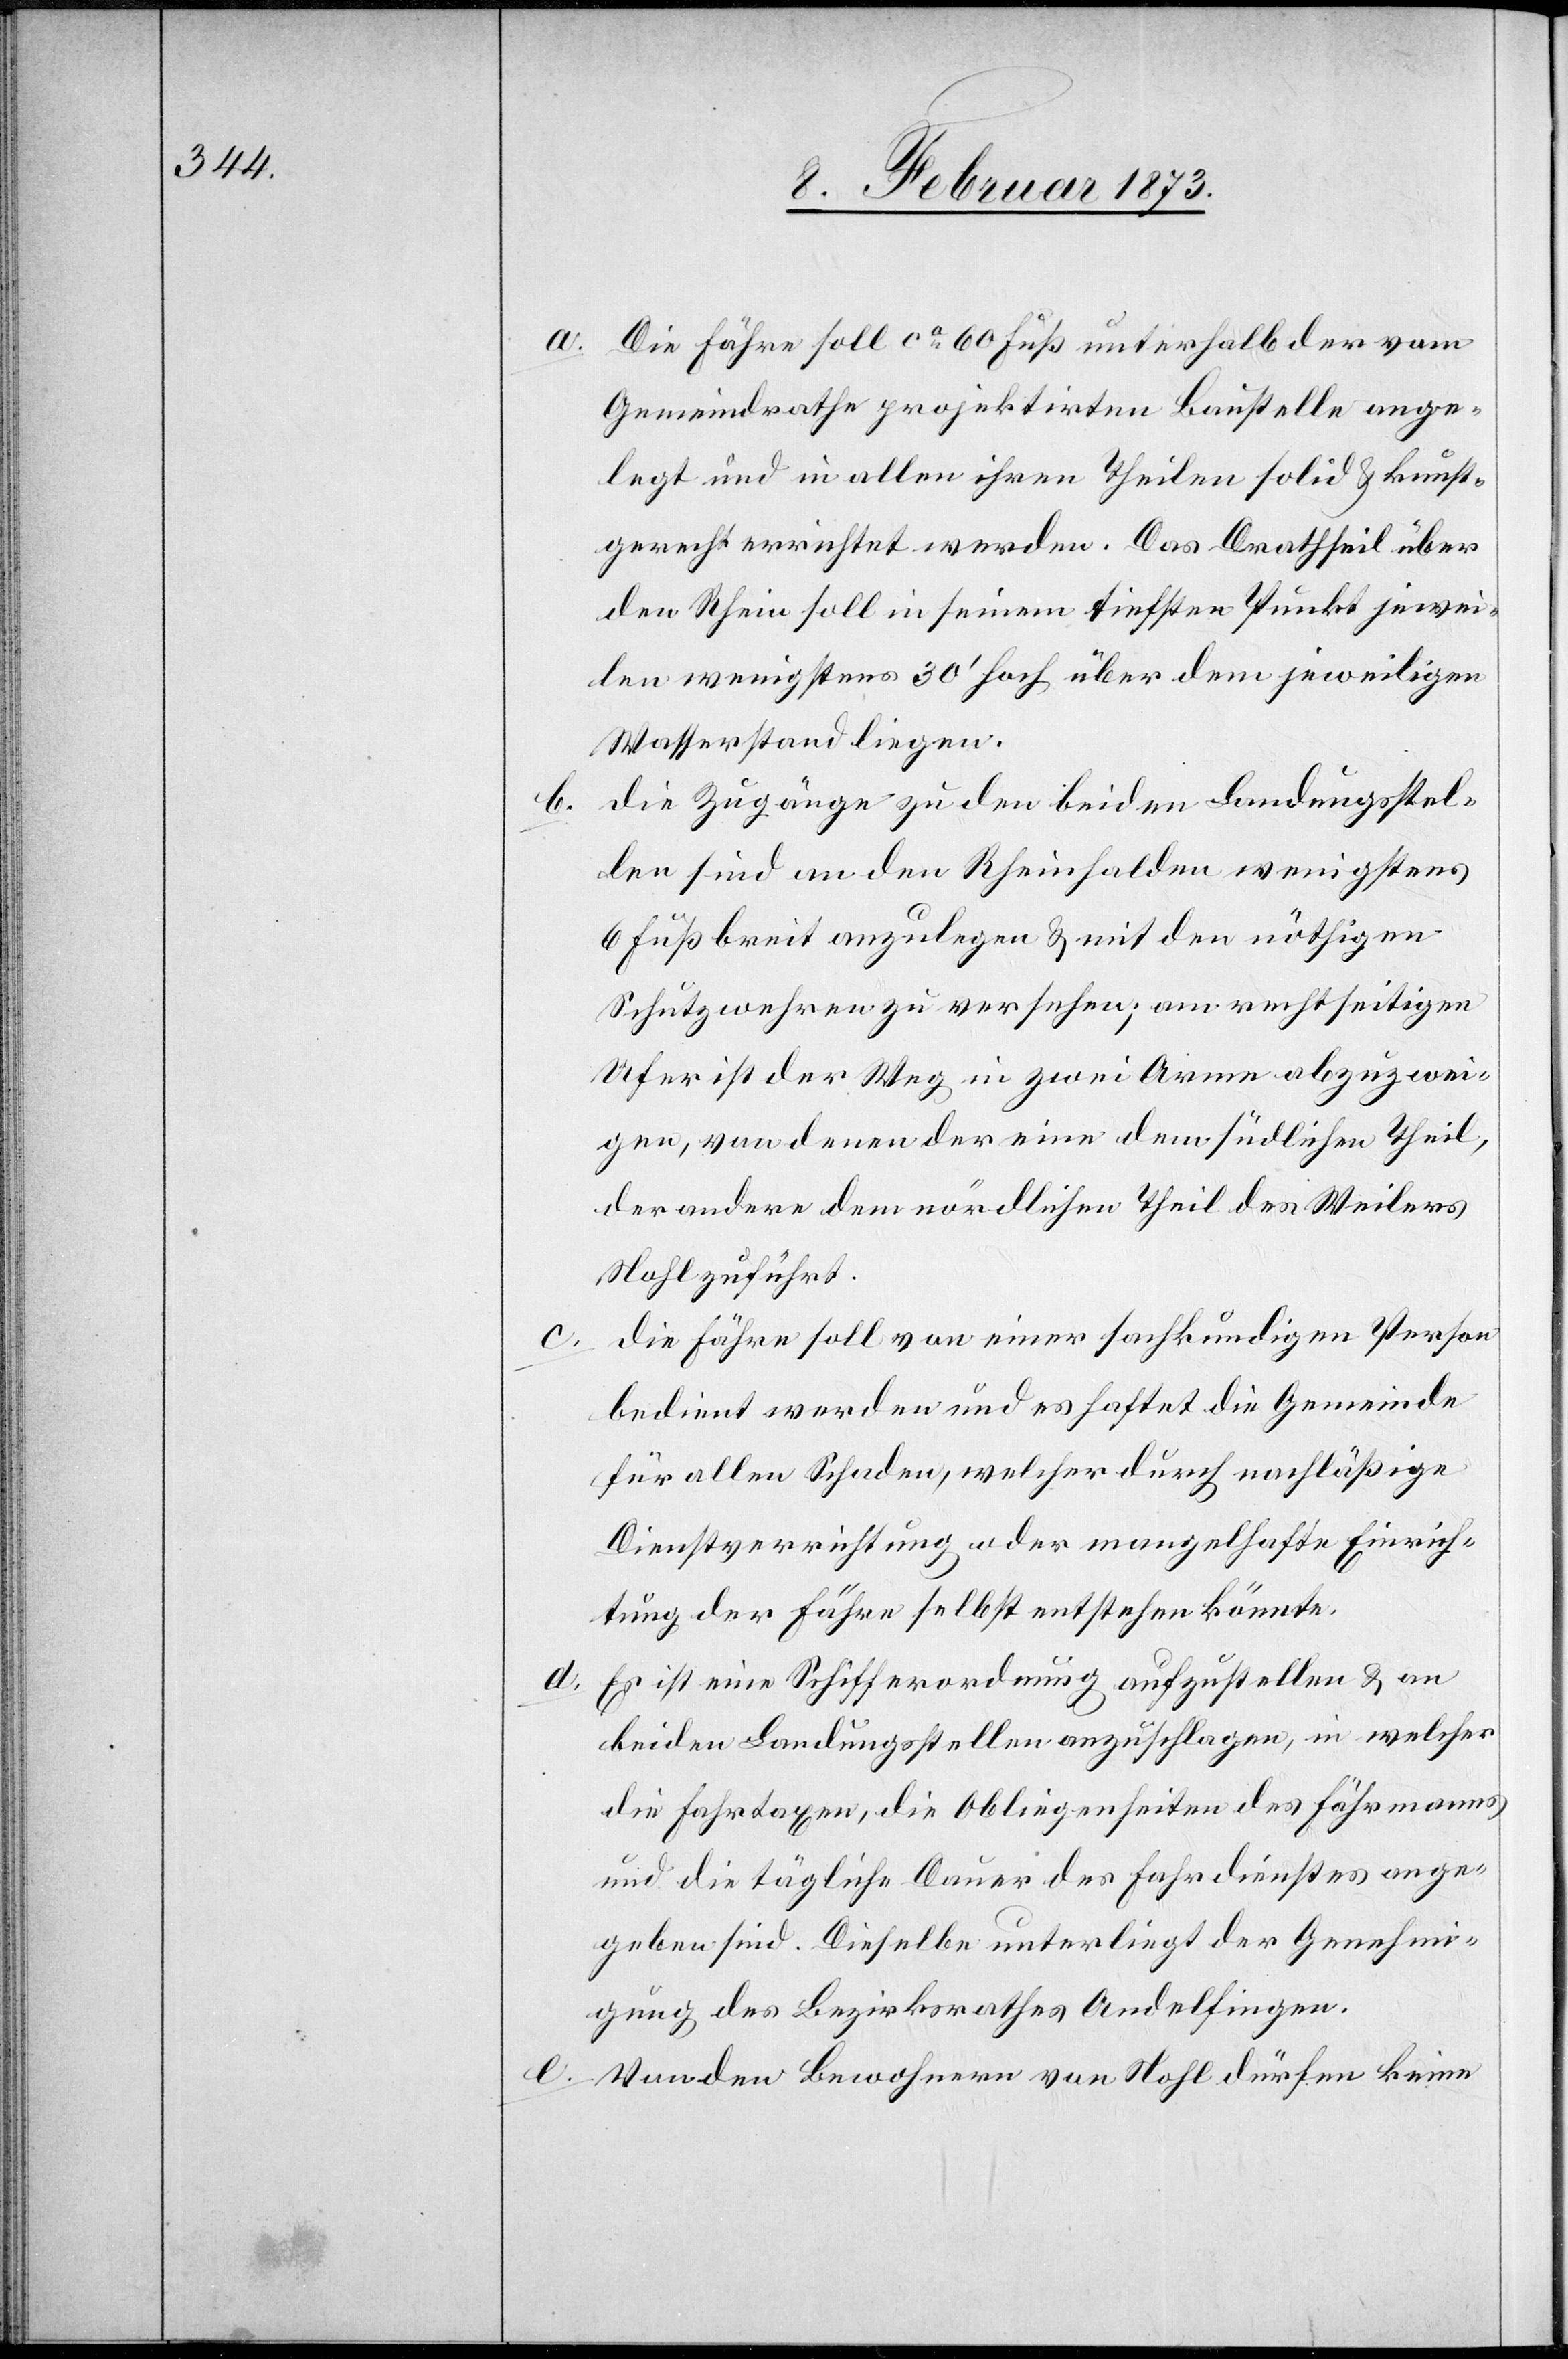
a.

Die Fähre soll ca 60 Fuß unterhalb der vom
Gemeindrathe projektirten Baustelle ange¬
legt und in allen ihren Theilen solid u. kunst¬
gerecht errichtet werden. Das Drathseil über
den Rhein soll in seinem tiefsten Punkt jewei¬
len wenigstens 30’ hoch über dem jeweiligen
Wasserstand liegen.
die Zugänge zu den beiden Landungsstel¬
len sind an den Rheinhalden wenigstens
6 Fuß breit anzulegen u. mit den nöthigen
Schutzwehren zu versehen; am rechtseitigen
Ufer ist der Weg in zwei Arme abzuzwei¬
gen, von denen der eine dem südlichen Theil,
der andere dem nördlichen Theil des Weilers
Nohl zuführt.
die Fähre soll von einer sachkundigen Person
bedient werden und es haftet die Gemeinde
für allen Schaden, welcher durch nachläßige
Dienstverrichtung oder mangelhafte Einrich¬
tung der Fähre selbst entstehen könnte.
Es ist eine Schifferordnung aufzustellen u. an
beiden Landungsstellen anzuschlagen, in welcher
die Fahrtaxen, die Obliegenheiten des Fährmanns
und die tägliche Dauer des Fahrdienstes ange¬
geben sind. Dieselbe unterliegt der Genehmi¬
gung des Bezirksrathes Andelfingen.
e. Von den Bewohnern von Nohl dürfen keine